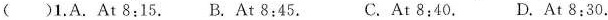
( )1.A.At 8:15. B. At 8:45. C.At 8:40. D.At 8:30.